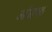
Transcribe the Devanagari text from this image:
अंध्रक